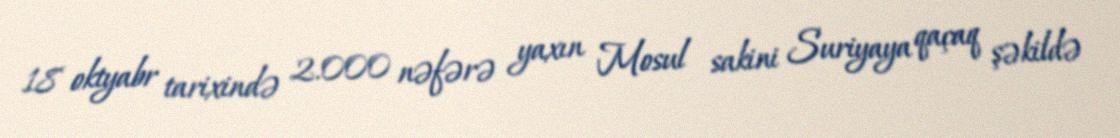
18 oktyabr tarixində 2.000 nəfərə yaxın Mosul sakini Suriyaya qaçaq şəkildə